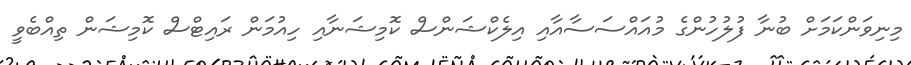
މިނިވަންކަމަށް ބުނާ ފުލުހުންގެ މުއައްސަސާއާއި އިލެކްޝަންސް ކޮމިޝަނާއި ހިއުމަން ރައިޓްސް ކޮމިޝަން ތިއްބެވީ